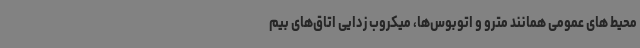
محیط های عمومی همانند مترو و اتوبوس‌ها، میکروب زدایی اتاق‌های بیم